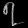
Digit: ၇